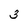
Character: 3